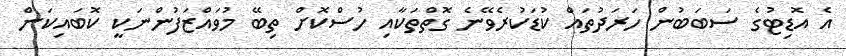
އެ އޮޑިޓުގެ ސަބަބުން ހަރަދުތައް ކުޑަކުރެވޭނެ ގޮތްތަކާއި ހުސްކޮށް ތިބޭ މުވައްޒަފުންނަކީ ކޮބައިކަން